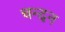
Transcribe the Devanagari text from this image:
चन्‍दन